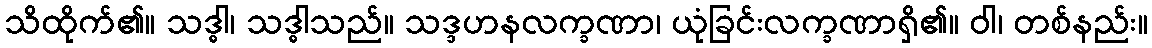
သိထိုက်၏။ သဒ္ဓါ၊ သဒ္ဓါသည်။ သဒ္ဒဟနလက္ခဏာ၊ ယုံခြင်းလက္ခဏာရှိ၏။ ဝါ၊ တစ်နည်း။